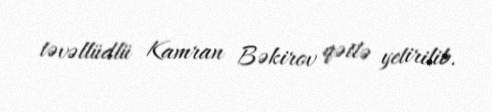
təvəllüdlü Kamran Bəkirov qətlə yetirilib.